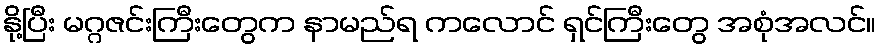
နို့ပြီး မဂ္ဂဇင်းကြီးတွေက နာမည်ရ ကလောင် ရှင်ကြီးတွေ အစုံအလင်။